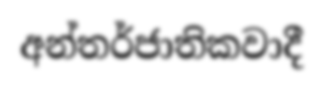
අන්තර්ජාතිකවාදී